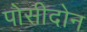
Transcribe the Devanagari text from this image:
पोसीदोन